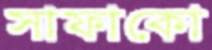
সাফাকো